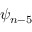
\psi _ { n - 5 }